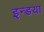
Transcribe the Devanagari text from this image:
इन्डया